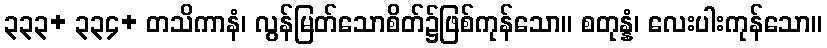
၃၃၃+ ၃၃၄+ တသိကာနံ၊ လွန်မြတ်သောစိတ်၌ဖြစ်ကုန်သော။ စတုန္နံ၊ လေးပါးကုန်သော။